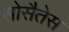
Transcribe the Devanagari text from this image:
सोसैतेस